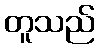
တူသည်